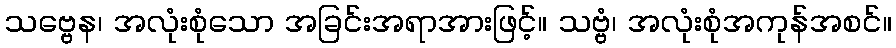
သဗ္ဗေန၊ အလုံးစုံသော အခြင်းအရာအားဖြင့်။ သဗ္ဗံ၊ အလုံးစုံအကုန်အစင်။